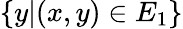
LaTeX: \{ y|(x,y)\in E_{1}\}